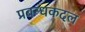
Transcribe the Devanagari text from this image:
प्रबन्धकदल